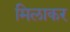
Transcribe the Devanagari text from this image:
मिलाकर